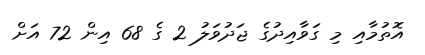
އޮތުމާއި މި ގަވާއިދުގެ ޖަދުވަލު 2 ގެ 68 އިން 72 އަށް